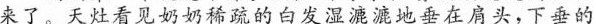
来了。天灶看见奶奶稀疏的白发湿漉漉地垂在肩头，下垂的